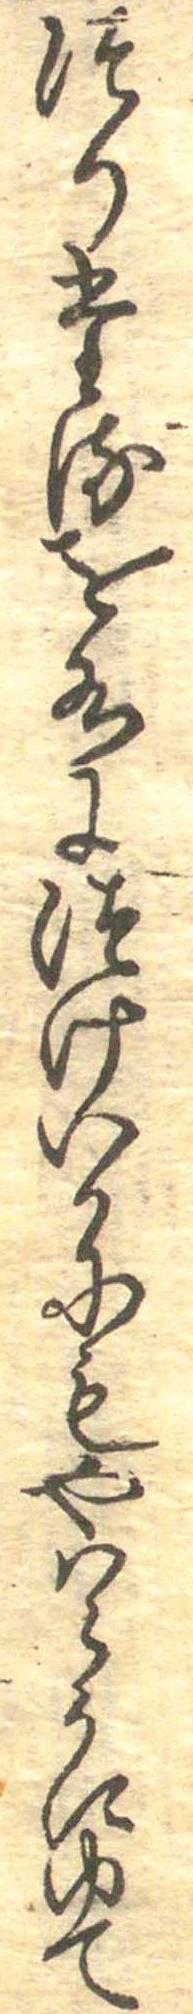
つりたるを水につけいかにもやはらかにゆて